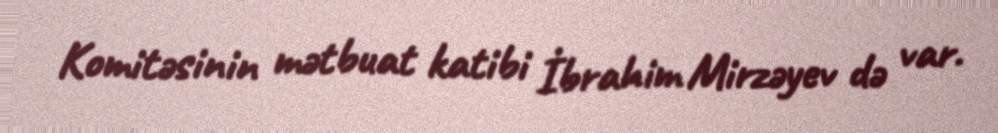
Komitəsinin mətbuat katibi İbrahim Mirzəyev də var.